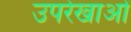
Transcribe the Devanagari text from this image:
उपरेखाओं